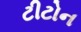
ટીટોન